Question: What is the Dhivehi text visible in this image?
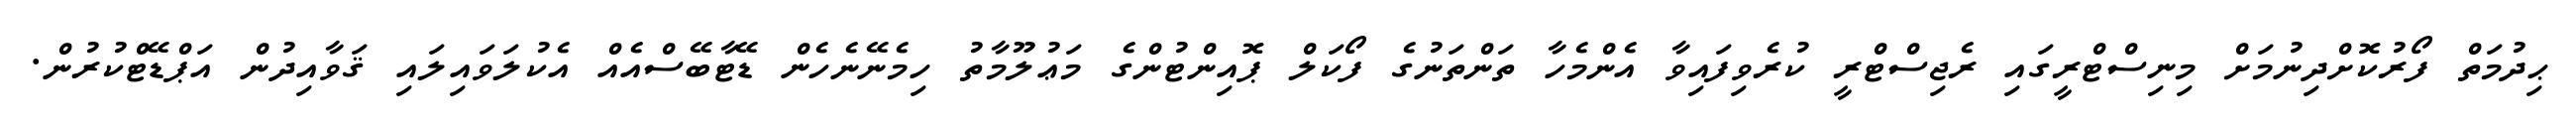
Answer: ޙިދުމަތް ފޯރުކޮށްދިނުމަށް މިނިސްޓްރީގައި ރެޖިސްޓްރީ ކުރެވިފައިވާ އެންމެހާ ތަންތަނުގެ ފޯކަލް ޕޮއިންޓުންގެ މަޢުލޫމާތު ހިމެނޭނެހެން ޑޭޓާބޭސްއެއް އެކުލަވައިލައި ޤަވާއިދުން އަޕްޑޭޓްކުރުން.